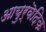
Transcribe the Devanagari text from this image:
आयुर्वॆदिक